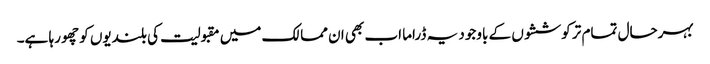
بہرحال تمام تر کوششوں کے باوجود یہ ڈراما اب بھی ان ممالک میں مقبولیت کی بلندیوں کو چھو رہا ہے۔